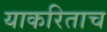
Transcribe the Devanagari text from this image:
याकरिताच